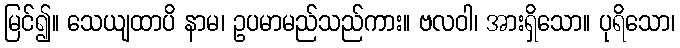
မြင်၍။ သေယျထာပိ နာမ၊ ဥပမာမည်သည်ကား။ ဗလဝါ၊ အားရှိသော။ ပုရိသော၊